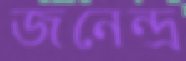
জনেন্দ্র